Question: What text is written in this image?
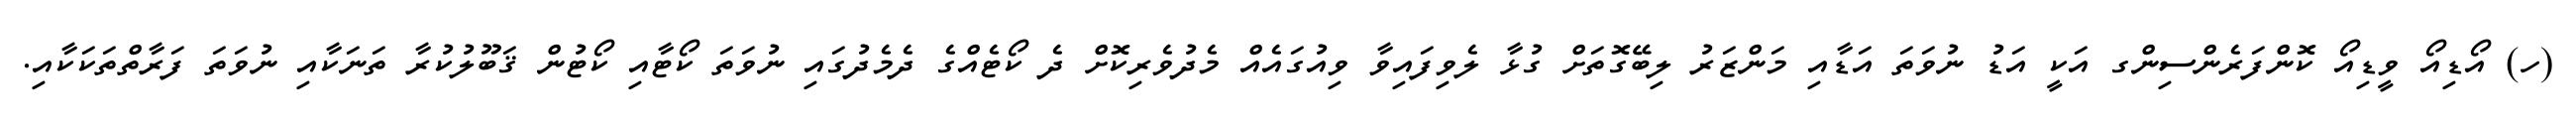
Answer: (ހ) އޯޑިއޯ ވީޑިއޯ ކޮންފަރެންސިންގ އަކީ އަޑު ނުވަތަ އަޑާއި މަންޒަރު ލިބޭގޮތަށް ގުޅާ ލެވިފައިވާ ވިއުގައެއް މެދުވެރިކޮށް ދެ ކޯޓެއްގެ ދެމެދުގައި ނުވަތަ ކޯޓާއި ކޯޓުން ޤަބޫލުކުރާ ތަނަކާއި ނުވަތަ ފަރާތްތަކަކާއި.